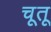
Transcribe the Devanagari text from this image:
चूतू